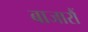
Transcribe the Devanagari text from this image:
बाजारौं